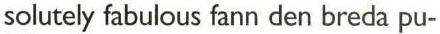
solutely fabulous fann den breda pu-